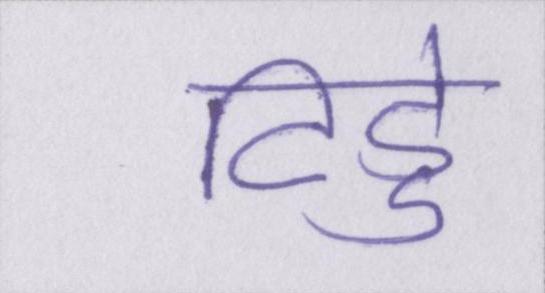
टिड्डे